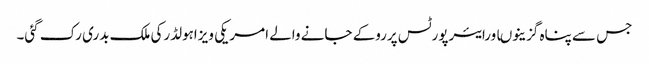
جس سے پناہ گزینوںاورایئرپورٹس پرروکے جانے والے امریکی ویزاہولڈرکی ملک بدری رک گئی۔